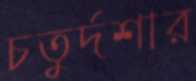
চতুর্দশার